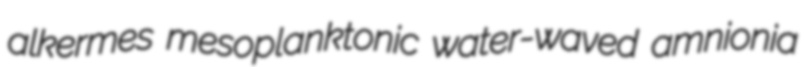
alkermes mesoplanktonic water-waved amnionia